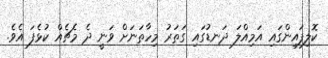
ކޮލިފައިންގައި އަމިއްލަ ދަނޑުގައި ގަތަރު މިހާތަނަށް ވަނީ ދެ މެޗެއް ކުޅެފަ އެވެ.